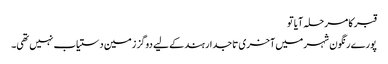
قبر کا مرحلہ آیا تو
پورے رنگون شہر میں آخری تاجدار ہند کے لیے دوگز زمین دستیاب نہیں تھی۔